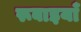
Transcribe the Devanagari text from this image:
रूबाइयाँ